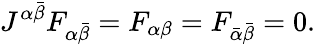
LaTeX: J^{\alpha\bar{\beta}}F_{\alpha\bar{\beta}}=F_{\alpha\beta}=F_{\bar{\alpha}\bar{\beta}}=0.